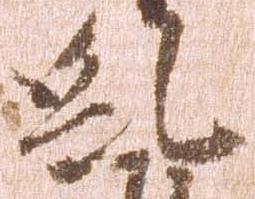
糺